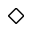
\diamond